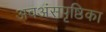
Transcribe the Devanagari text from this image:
अवअंसपृष्ठिका